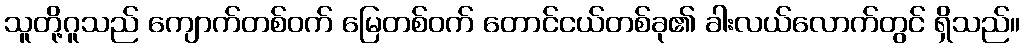
သူတို့ဂူသည် ကျောက်တစ်ဝက် မြေတစ်ဝက် တောင်ငယ်တစ်ခု၏ ခါးလယ်လောက်တွင် ရှိသည်။